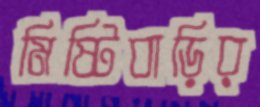
মিষ্টিবাড়ির